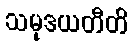
သမုဒယတီတိ